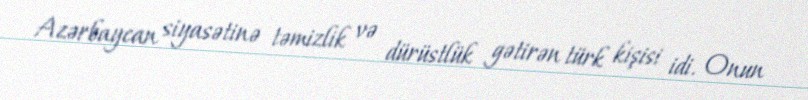
Azərbaycan siyasətinə təmizlik və dürüstlük gətirən türk kişisi idi. Onun